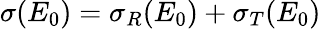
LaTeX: \sigma(E_{0})=\sigma_{R}(E_{0})+\sigma_{T}(E_{0})